Report of the Indian Hemp Drugs Commission, 1894-1895 - Volume VII
Year: 1894
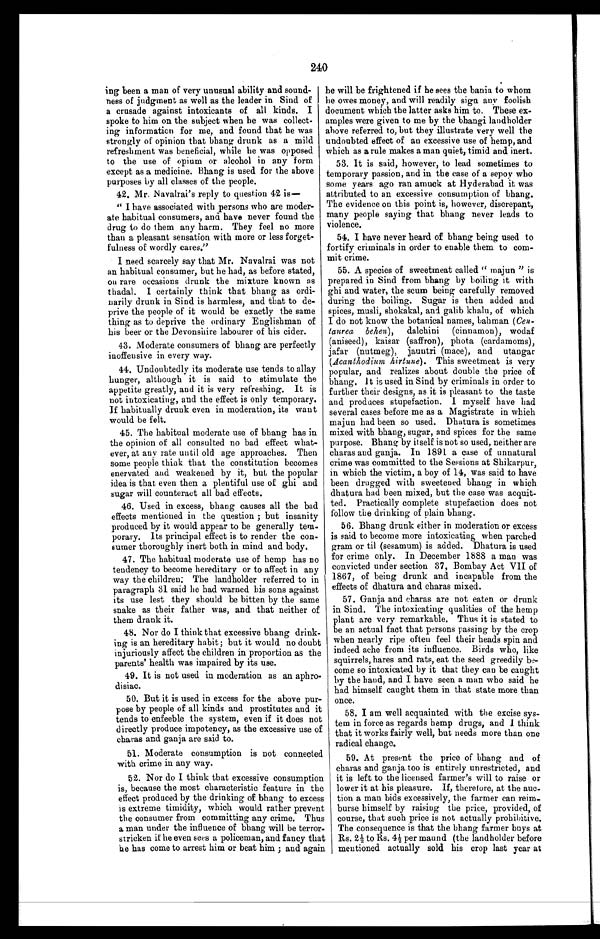
240
ing been a man of very unusual ability and sound
¬ n e s s o f j u d g m e n t a s w e l l a s t h e l e a d e r i n S i n d o f
a crusade against intoxicants of all kinds. I
spoke to him on the subject when he was collect-
ing information for me, and found that he was
strongly of opinion that bhang drunk as a mild
refreshment was beneficial, while he was opposed
to the use of opium or alcohol in any form
except as a medicine. Bhang is used for the above
purposes by all classes of the people.
42. Mr. Navalrai's reply to question 42 is
—
" I have associated with persons who are moder-
ate habitual consumers, and have never found the
drug to do them any harm. They feel no more
than a pleasant sensation with more or less forget-
fulness of wordly cares."
I need scarcely say that Mr. Navalrai was not
an habitual consumer, but he had, as before stated,
on rare occasions drunk the mixture known as
thadal. I certainly think that bhang as ordi-
narily drunk in Sind is harmless, and that to de-
prive the people of it would be exactly the same
thing as to deprive the ordinary Englishman of
his beer or the Devonshire labourer of his cider.
43. Moderate consumers of bhang are perfectly
inoffensive in every way.
44. Undoubtedly its moderate use tends to allay
hunger, although it is said to stimulate the
appetite greatly, and it is very refreshing. It is
not intoxicating, and the effect is only temporary.
If habitually drunk even in moderation, its want
would be felt.
45. The habitual moderate use of bhang has in
the opinion of all consulted no bad effect what-
ever, at any rate until old age approaches. Then
some people think that the constitution becomes
enervated and weakened by it, but the popular
idea is that even then a plentiful use of ghi and
sugar will counteract all bad effects.
46. Used in excess, bhang causes all the bad
effects mentioned in the question ; but insanity
produced by it would appear to be generally tem-
porary. Its principal effect is to render the con-
sumer thoroughly inert both in mind and body.
47. The habitual moderate use of hemp has no
tendency to become hereditary or to affect in any
way the children: The landholder referred to in
paragraph 31 said he had warned his sons against
its use lest they should be bitten by the same
snake as their father was, and that neither of
them drank it.
48. Nor do I think that excessive bhang drink-
ing is an hereditary habit; but it would no doubt
injuriously affect the children in proportion as the
parents' health was impaired by its use.
49. It is not used in moderation as an aphro-
disiac.
50. But it is used in excess for the above pur-
pose by people of all kinds and prostitutes and it
tends to enfeeble the system, even if it does not
directly produce impotency, as the excessive use of
charas and ganja are said to.
51. Moderate consumption is not connected
with crime in any way.
52. Nor do I think that excessive consumption
is, because the most characteristic feature in the
effect produced by the drinking of bhang to excess
is extreme timidity, which would rather prevent
the consumer from committing any crime. Thus
a man under the influence of bhang will be terror
¬ s t r i c k e n i f h e e v e n s e e s a p o l i c e m a n , a n d f a n c y t h a t
he has come to arrest him or beat him ; and again
he will be frightened if he sees the bania to whom
he owes money, and will readily sign any foolish
document which the latter asks him to. These ex-
amples were given to me by the bhangi landholder
above referred to, but they illustrate very well the
undoubted effect of an excessive use of hemp, and
which as a rule makes a man quiet, timid and inert.
53. It is said, however, to lead sometimes to
temporary passion, and in the case of a sepoy who
some years ago ran amuck at Hyderabad it was
attributed to an excessive consumption of bhang.
The evidence on this point is, however, discrepant,
many people saying that bhang never leads to
violence.
54. I have never heard of bhang being used to
fortify criminals in order to enable them to com-
mit crime.
55. A species of sweetmeat called " majun " is
prepared in Sind from bhang by boiling it with
ghi and water, the scum being carefully removed
during the boiling. Sugar is then added and
spices, musli, shokakal, and galib khalu, of which
I do not know the botanical names, bahman
( C e n ¬ t a u r e a b e h e n )
, dalchini (cinnamon), wodaf
(aniseed), kaisar (saffron), phota (cardamoms ),
jafar (nutmeg), jauntri (mace), and utangar
(Acanthodium hirtune) . This sweetmeat is very
popular, and realizes about double the price of
bhang, It is used in Sind by criminals in order to
further their designs, as it is pleasant to the taste
and produces stupefaction. I myself have had
several cases before me as a Magistrate in which
majun had been so used. Dhatura is sometimes
mixed with bhang, sugar, and spices for the same
purpose. Bhang by itself is not so used, neither are
charas and ganja. In 1891 a case of unnatural
crime was committed to the Sessions at Shikarpur,
in which the victim, a boy of 14, was said to have
been drugged with sweetened bhang in which
dhatura had been mixed, but the case was acquit-
ted. Practically complete stupefaction does not
follow the drinking of plain bhang.
56. Bhang drunk either in moderation or excess
is said to become more intoxicating when parched
gram or til (sesamum) is added. Dhatura is used
for crime only. In December 1888 a man was
convicted under section 37, Bombay Act VII of
1867, of being drunk and incapable from the
effects of dhatura and charas mixed.
57. Ganja and charas are not eaten or drunk
in Sind. The intoxicating qualities of the hemp
plant are very remarkable. Thus it is stated to
be an actual fact that persons passing by the crop
when nearly ripe often feel their heads spin and
indeed ache from its influence. Birds who, like
squirrels, hares and rats, eat the seed greedily be-
come so intoxicated by it that they can be caught
by the hand, and I have seen a man who said he
had himself caught them in that state more than
once.
58. I am well acquainted with the excise sys-
tem in force as regards hemp drugs, and I think
that it works fairly well, but needs more than one
radical change.
59. At present the price of bhang and of
charas and ganja too is entirely unrestricted, and
it is left to the licensed farmer's will to raise or
lower it at his pleasure. If, therefore, at the auc-
tion a man bids excessively, the farmer can reim-
burse himself by raising the price, provided, of
course, that such price is not actually prohibitive.
The consequence is that the bhang farmer buys at
Rs. 2 ½ to Rs. 4 ½ per maund (the landholder before
mentioned actually sold his crop last year at